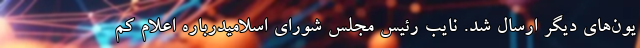
یون‌های دیگر ارسال شد. نایب رئیس مجلس شورای اسلامیدرباره اعلام کم